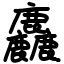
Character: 麤